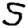
Digit: 5